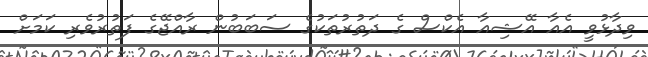
ވިދާޅުވީ އެއާ އޭޝިއާ އެކްސް ގެ ދަތުރުތަކުގެ ސަބަބުން ރާއްޖޭގެ ފަތުރުވެރި ކަމަށް